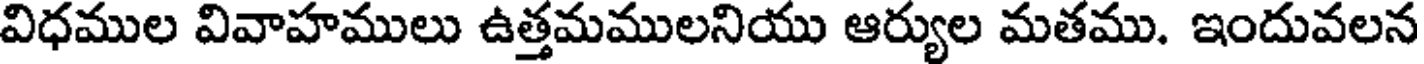
విధముల వివాహములు ఉత్తమములనియు ఆర్యుల మతము. ఇందువలన